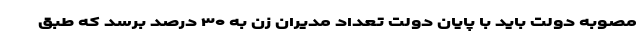
مصوبه دولت باید با پایان دولت تعداد مدیران زن به ۳۰ درصد برسد که طبق